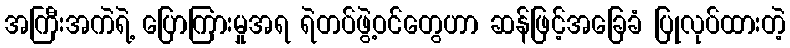
အကြီးအကဲရဲ့ ပြောကြားမှုအရ ရဲတပ်ဖွဲ့ဝင်တွေဟာ ဆန်ဖြင့်အခြေခံ ပြုလုပ်ထားတဲ့